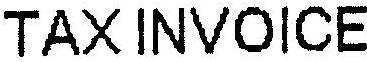
TAX INVOICE